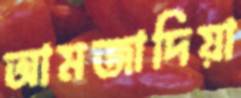
আমজাদিয়া